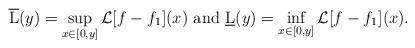
LaTeX: \begin{align*}\overline{\mathrm{L}}(y)=\sup_{x\in [0,y]}\mathcal{L}[f-f_1](x)\mathrm{\ and\ }\underline{\mathrm{L}}(y)=\inf_{x\in [0,y]}\mathcal{L}[f-f_1](x).\end{align*}